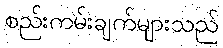
စည်းကမ်းချက်များသည်